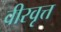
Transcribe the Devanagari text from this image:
वीरवृत्त